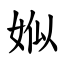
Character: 娰